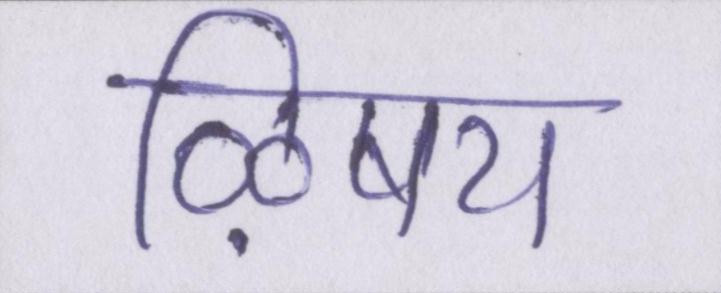
ऴिषय